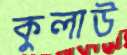
কুলাউ